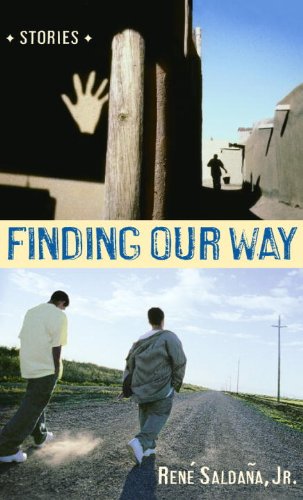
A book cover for Finding Our Way (Turtleback School & Library Binding Edition); Rene Saldana; Teen & Young Adult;